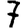
Digit: 7